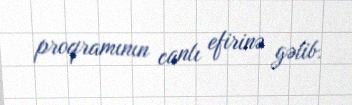
proqramının canlı efirinə gəlib.